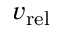
v _ { \mathrm { r e l } }